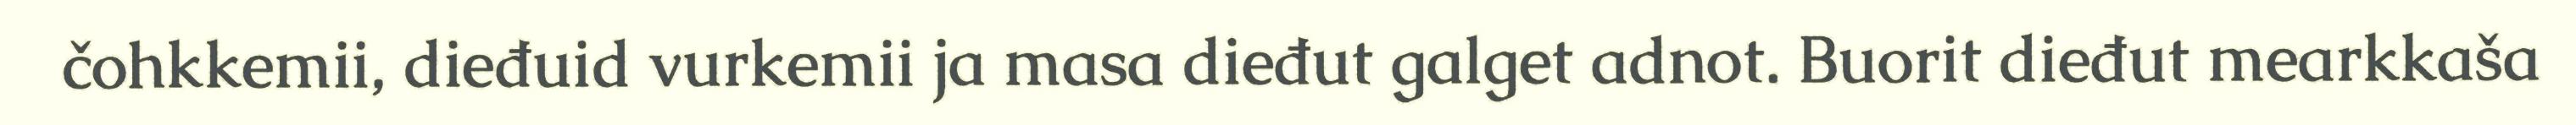
čohkkemii, dieđuid vurkemii ja masa dieđut galget adnot. Buorit dieđut mearkkaša